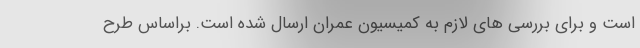
است و برای بررسی های لازم به کمیسیون عمران ارسال شده است. براساس طرح